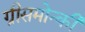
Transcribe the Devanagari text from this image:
ग्रीसमोन्की